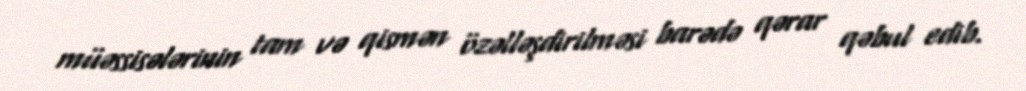
müəssisələrinin tam və qismən özəlləşdirilməsi barədə qərar qəbul edib.